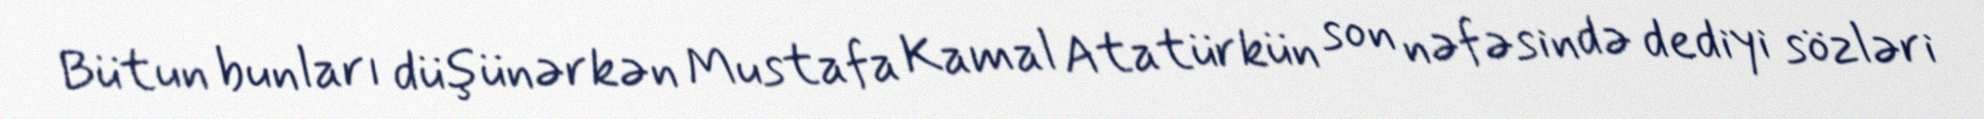
Bütun bunları düşünərkən Mustafa Kamal Atatürkün son nəfəsində dediyi sözləri